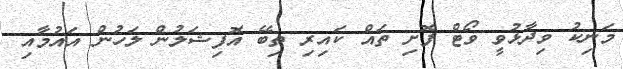
މަނިކު ވިދާޅުވީ ވޯޓް ފޮށި ތައް ކައިރި ތިބޭ އޮފިޝަލުން ލަހުން އައުމާއި